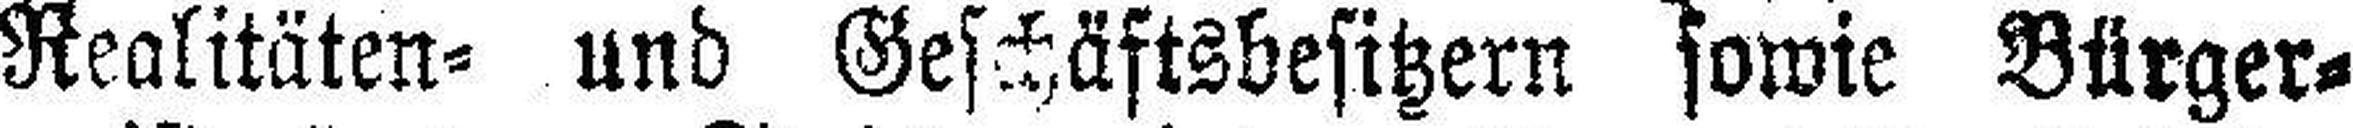
Realitäten= und Geschäftsbesitzern sowie Bürger¬